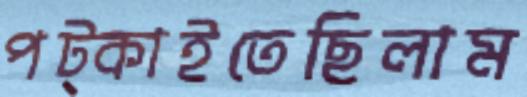
পট্‌কাইতেছিলাম